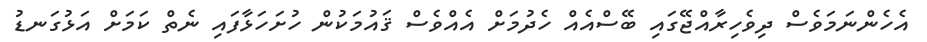
އެހެންނަމަވެސް ދިވެހިރާއްޖޭގައި ބޭސްއެއް ހެދުމަށް އެއްވެސް ޤައުމަކުން ހުށަހަޅާފައި ނެތް ކަމަށް އަޅުގަނޑު